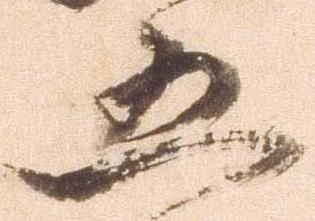
五